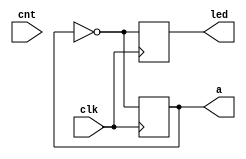
module clk_1hz(clk, cnt, led, a);
input clk, cnt;
output reg led, a;

always @ (posedge clk)
begin
	led <= ~a;
	a = ~a;
end
endmodule